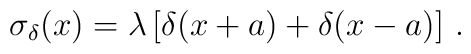
\sigma_\delta(x)=\lambda\left[\delta(x+a)+\delta(x-a)\right]\, .